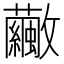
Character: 𣀸